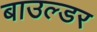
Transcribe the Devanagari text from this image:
बाउल्डर